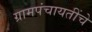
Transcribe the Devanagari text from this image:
ग्रामपंचायतींचे